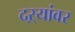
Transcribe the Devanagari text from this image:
दऱ्यांवर